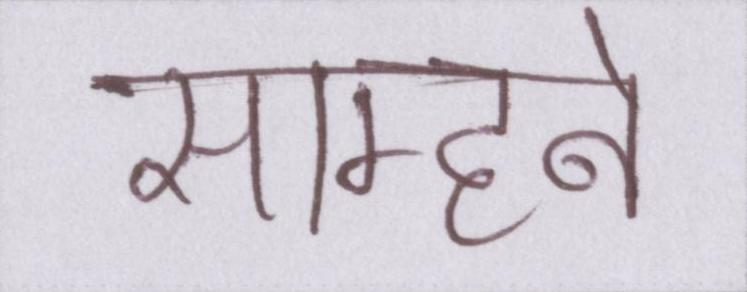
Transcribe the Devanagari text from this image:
साम्हने